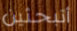
أتبحثين